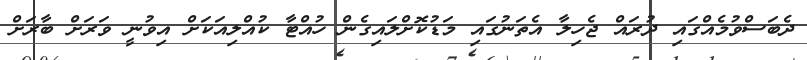
ދެބަސްވުމެއްގައި ދުރައް ޖެހިލާ އެތަނުގައި މަޑުކޮށްލައިގެން ހުއްޓާ ކުއްލިއަކަށް އިވުނީ ވަރަށް ބާރަށް